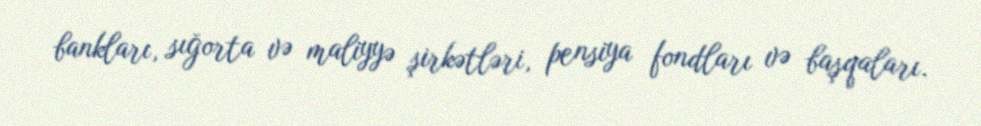
bankları, sığorta və maliyyə şirkətləri, pensiya fondları və başqaları.